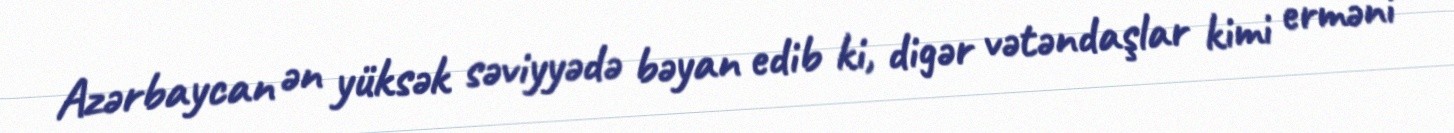
Azərbaycan ən yüksək səviyyədə bəyan edib ki, digər vətəndaşlar kimi erməni